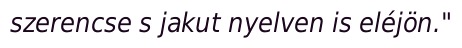
szerencse s jakut nyelven is eléjön."